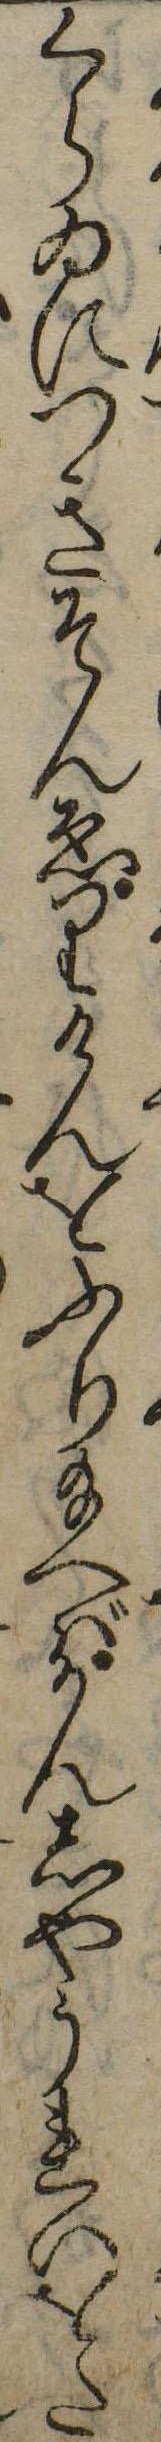
くらゐにつきそんゑりけんをふり給へばかんしやうれいをた